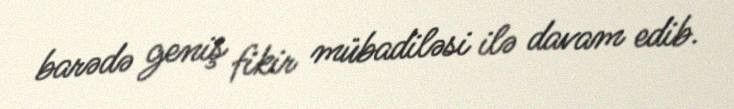
barədə geniş fikir mübadiləsi ilə davam edib.